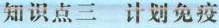
知识点三 计划免疫